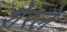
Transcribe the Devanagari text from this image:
शेरले